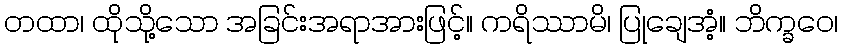
တထာ၊ ထိုသို့သော အခြင်းအရာအားဖြင့်။ ကရိဿာမိ၊ ပြုချေအံ့။ ဘိက္ခဝေ၊